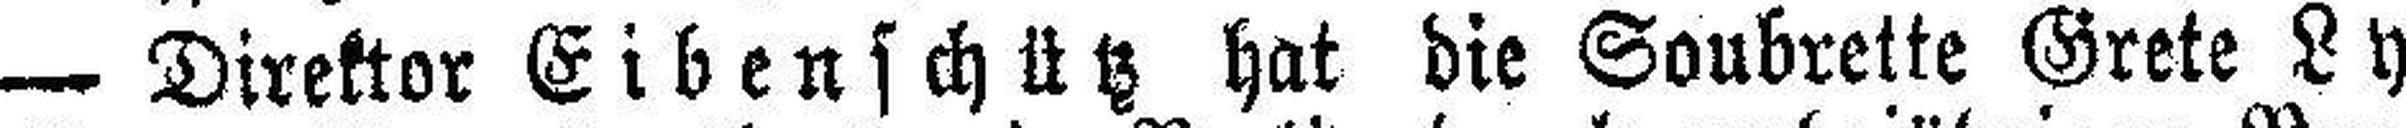
— Direktor Eibenschütz hat die Soubrette Grete Ly